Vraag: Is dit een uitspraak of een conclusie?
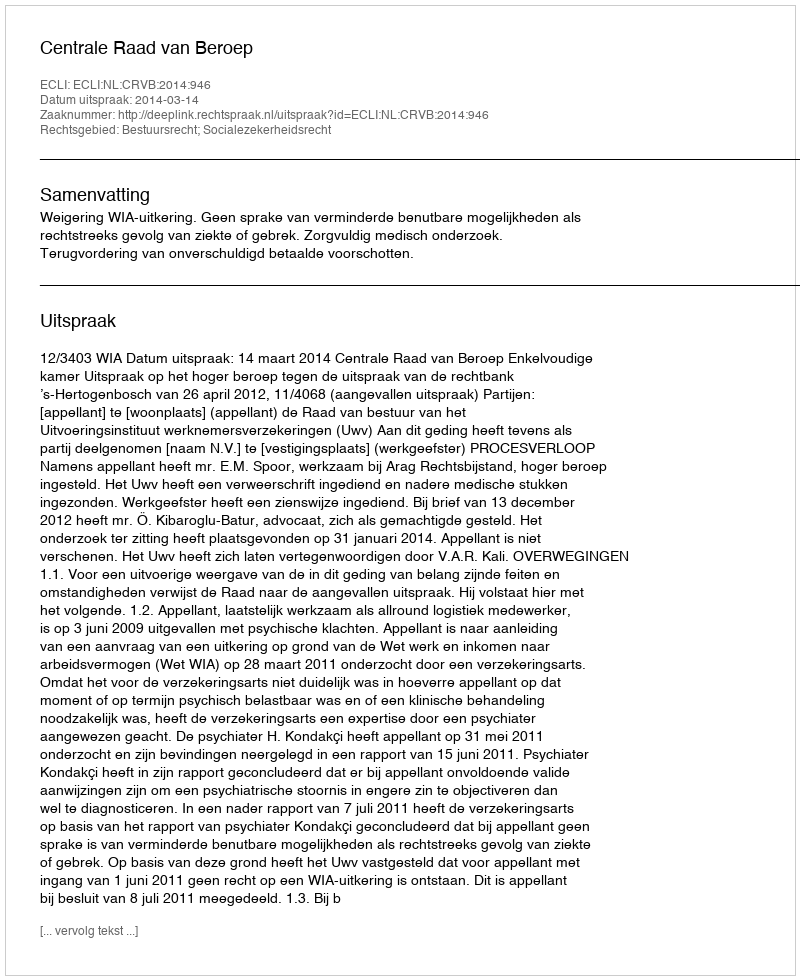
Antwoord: Uitspraak